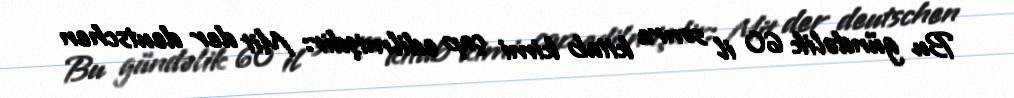
Bu gündəlik 60 il sonra kitab kimi çap edilmişdir: Mit der deutschen